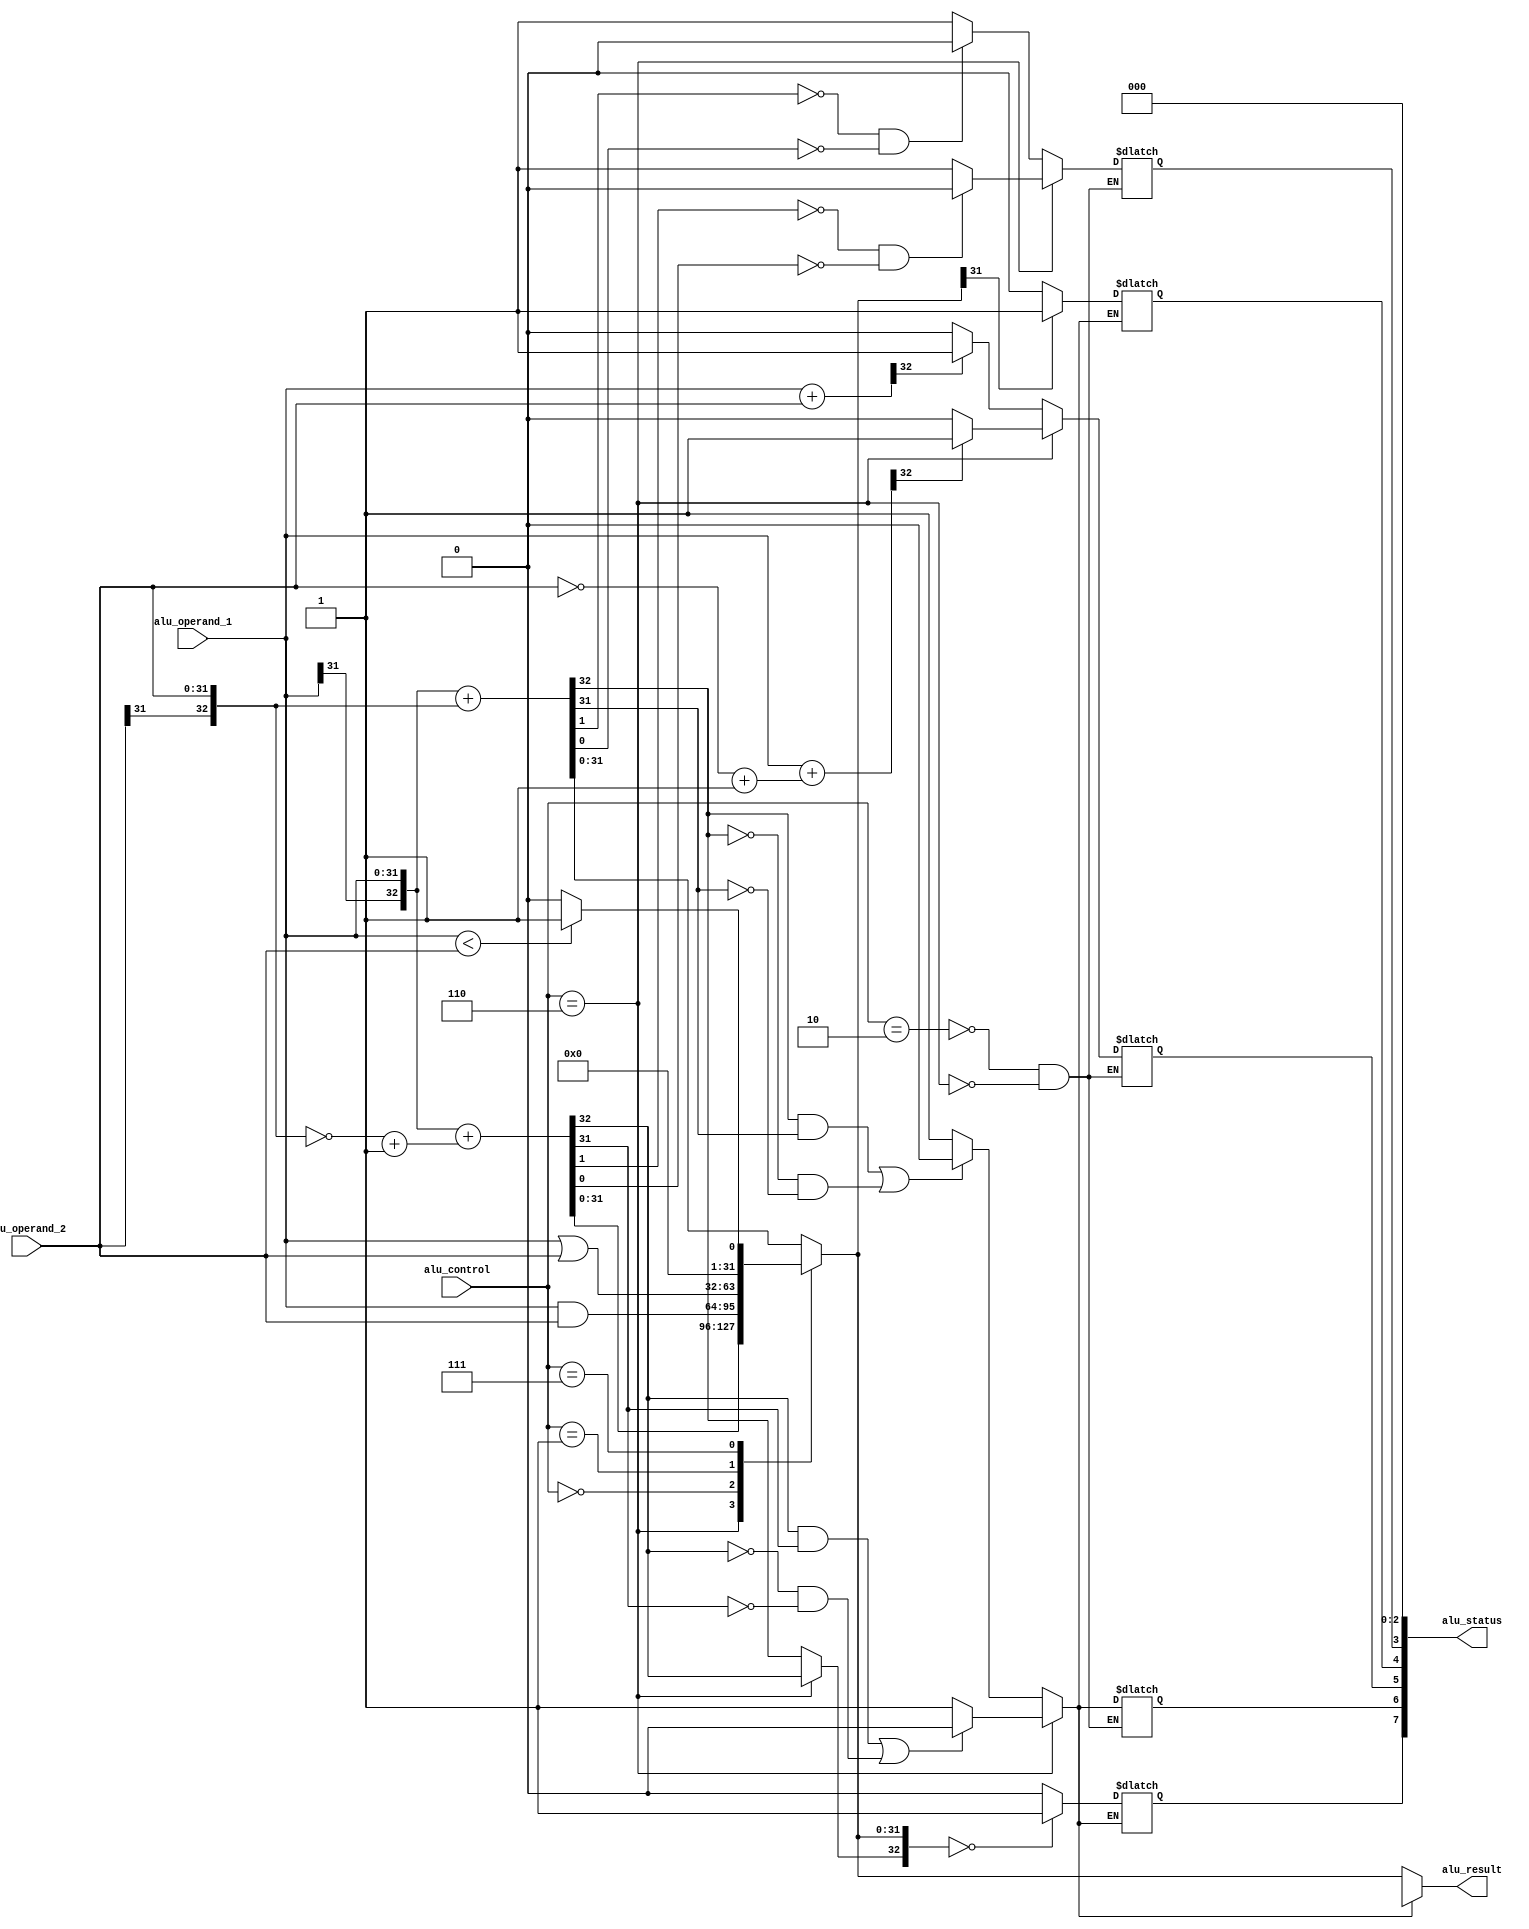
module alu(
  output [31:0] alu_result,
  output [7:0] alu_status,
  input signed [31:0] alu_operand_1, alu_operand_2,
  input  [3:0] alu_control
);

reg signed [32:0] out_signed;
reg [32:0] out_unsigned;
reg signed [63:0] mul_out;
reg [7:0] status;

assign alu_status = status;
assign alu_result = out_signed[31:0];

initial begin
	status[7:0] = 8'b0;
end

always @(*) begin 

	case(alu_control)

	4'b0010: begin // Add both R and I 
		out_signed[32:0] = {alu_operand_1[31] , alu_operand_1[31:0]} + {alu_operand_2[31], alu_operand_2[31:0]};
		out_unsigned[32:0] = {1'b0, alu_operand_1[31:0]} + {1'b0, alu_operand_2[31:0]};
		if ((out_signed[32] == 1'b1 && out_signed[31] == 1'b1) || (out_signed[32] == 1'b0 && out_signed[31] == 1'b0)) status[6] = 1'b0; // overflow
				else status[6] = 1'b1;
		begin    
			if (!out_signed[1] && !out_signed[0]) status[3] = 1'b0;
				else status[3] = 1'b1;
			if (out_unsigned[32] == 1'b1) status[5] = 1'b1; // carry_bit
				else status[5] = 1'b0;
		end
	end

	4'b0110: begin // Sub R
		out_signed[32:0] = {alu_operand_1[31] , alu_operand_1[31:0]} + (~{alu_operand_2[31], alu_operand_2[31:0]} + 1'b1);
		out_unsigned[32:0] = {1'b0, alu_operand_1[31:0]} + {1'b0, (~(alu_operand_2[31:0]) + 1'b1)};
		if ((out_signed[32] == 1'b1 && out_signed[31] == 1'b1) || (out_signed[32] == 1'b0 && out_signed[31] == 1'b0)) status[6] = 1'b0; // overflow
				else status[6] = 1'b1;
		begin
			if (!out_signed[1] && !out_signed[0]) status[3] = 1'b0;
				else status[3] = 1'b1;
			if (out_unsigned[32] == 1'b1) status[5] = 1'b1; // carry_bit
				else status[5] = 1'b0;
		end
	end

	/*
	4'b0011: begin // Mul R 
		mul_out = alu_operand_1 * alu_operand_2;
		if (mul_out > 2147483647 || mul_out < -214783648) status[6] = 1'b1; // overflow
		else begin
		 	out_signed[31:0] = mul_out[31:0]; 
		end
	end

	4'b0100: begin // Divide R
		if (alu_operand_2 == 32'd0) 
			status[2] = 1'b1;
		else out_signed[31:0] = alu_operand_1 / alu_operand_2;
	end
	*/

	4'b0000: out_signed[31:0] = alu_operand_1 & alu_operand_2; // Bitsise AND both R and I

	4'b0001: out_signed[31:0] = alu_operand_1 | alu_operand_2; // Bitwise OR both R and I

	4'b0111: out_signed[31:0] = (alu_operand_1 < alu_operand_2) ? 32'd1 : 32'd0; 

	default: out_signed[31:0] = 32'bx;
	endcase

  	if (status[6] == 1'b1 || status[2] == 1'b1)
		out_signed[31:0] = 32'bx;
	else begin
		if (out_signed[31] == 1'b1) 
			status[4] = 1'b1;
				else status[4] = 1'b0;
		if (out_signed == 32'd0) 
			status[7] = 1'b1;
				else status[7] = 1'b0;
	end
end

endmodule